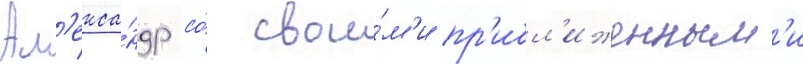
Ал'екса́ндр со́ свои́м'и пр'ибл'иженным'и